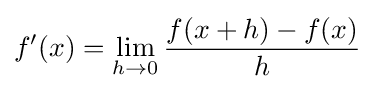
f'(x)=\lim _{h\to 0}{\frac {f(x+h)-f(x)}{h}}